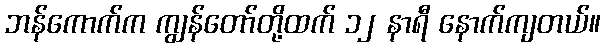
ဘန်ကောက်က ကျွန်တော်တို့ထက် ၁၂ နာရီ နောက်ကျတယ်။